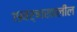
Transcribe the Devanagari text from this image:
१९वर्षाखालील